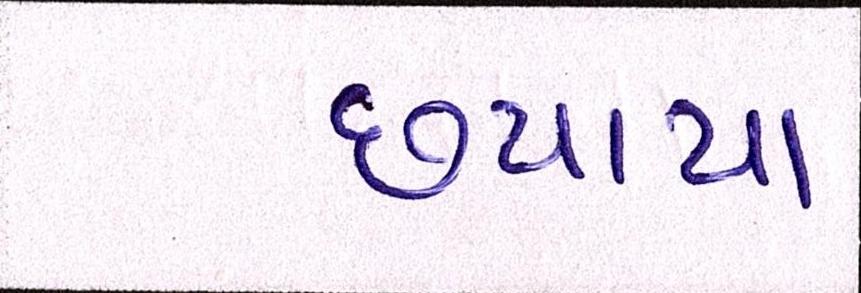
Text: છપાયા